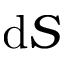
\mathrm { d } S